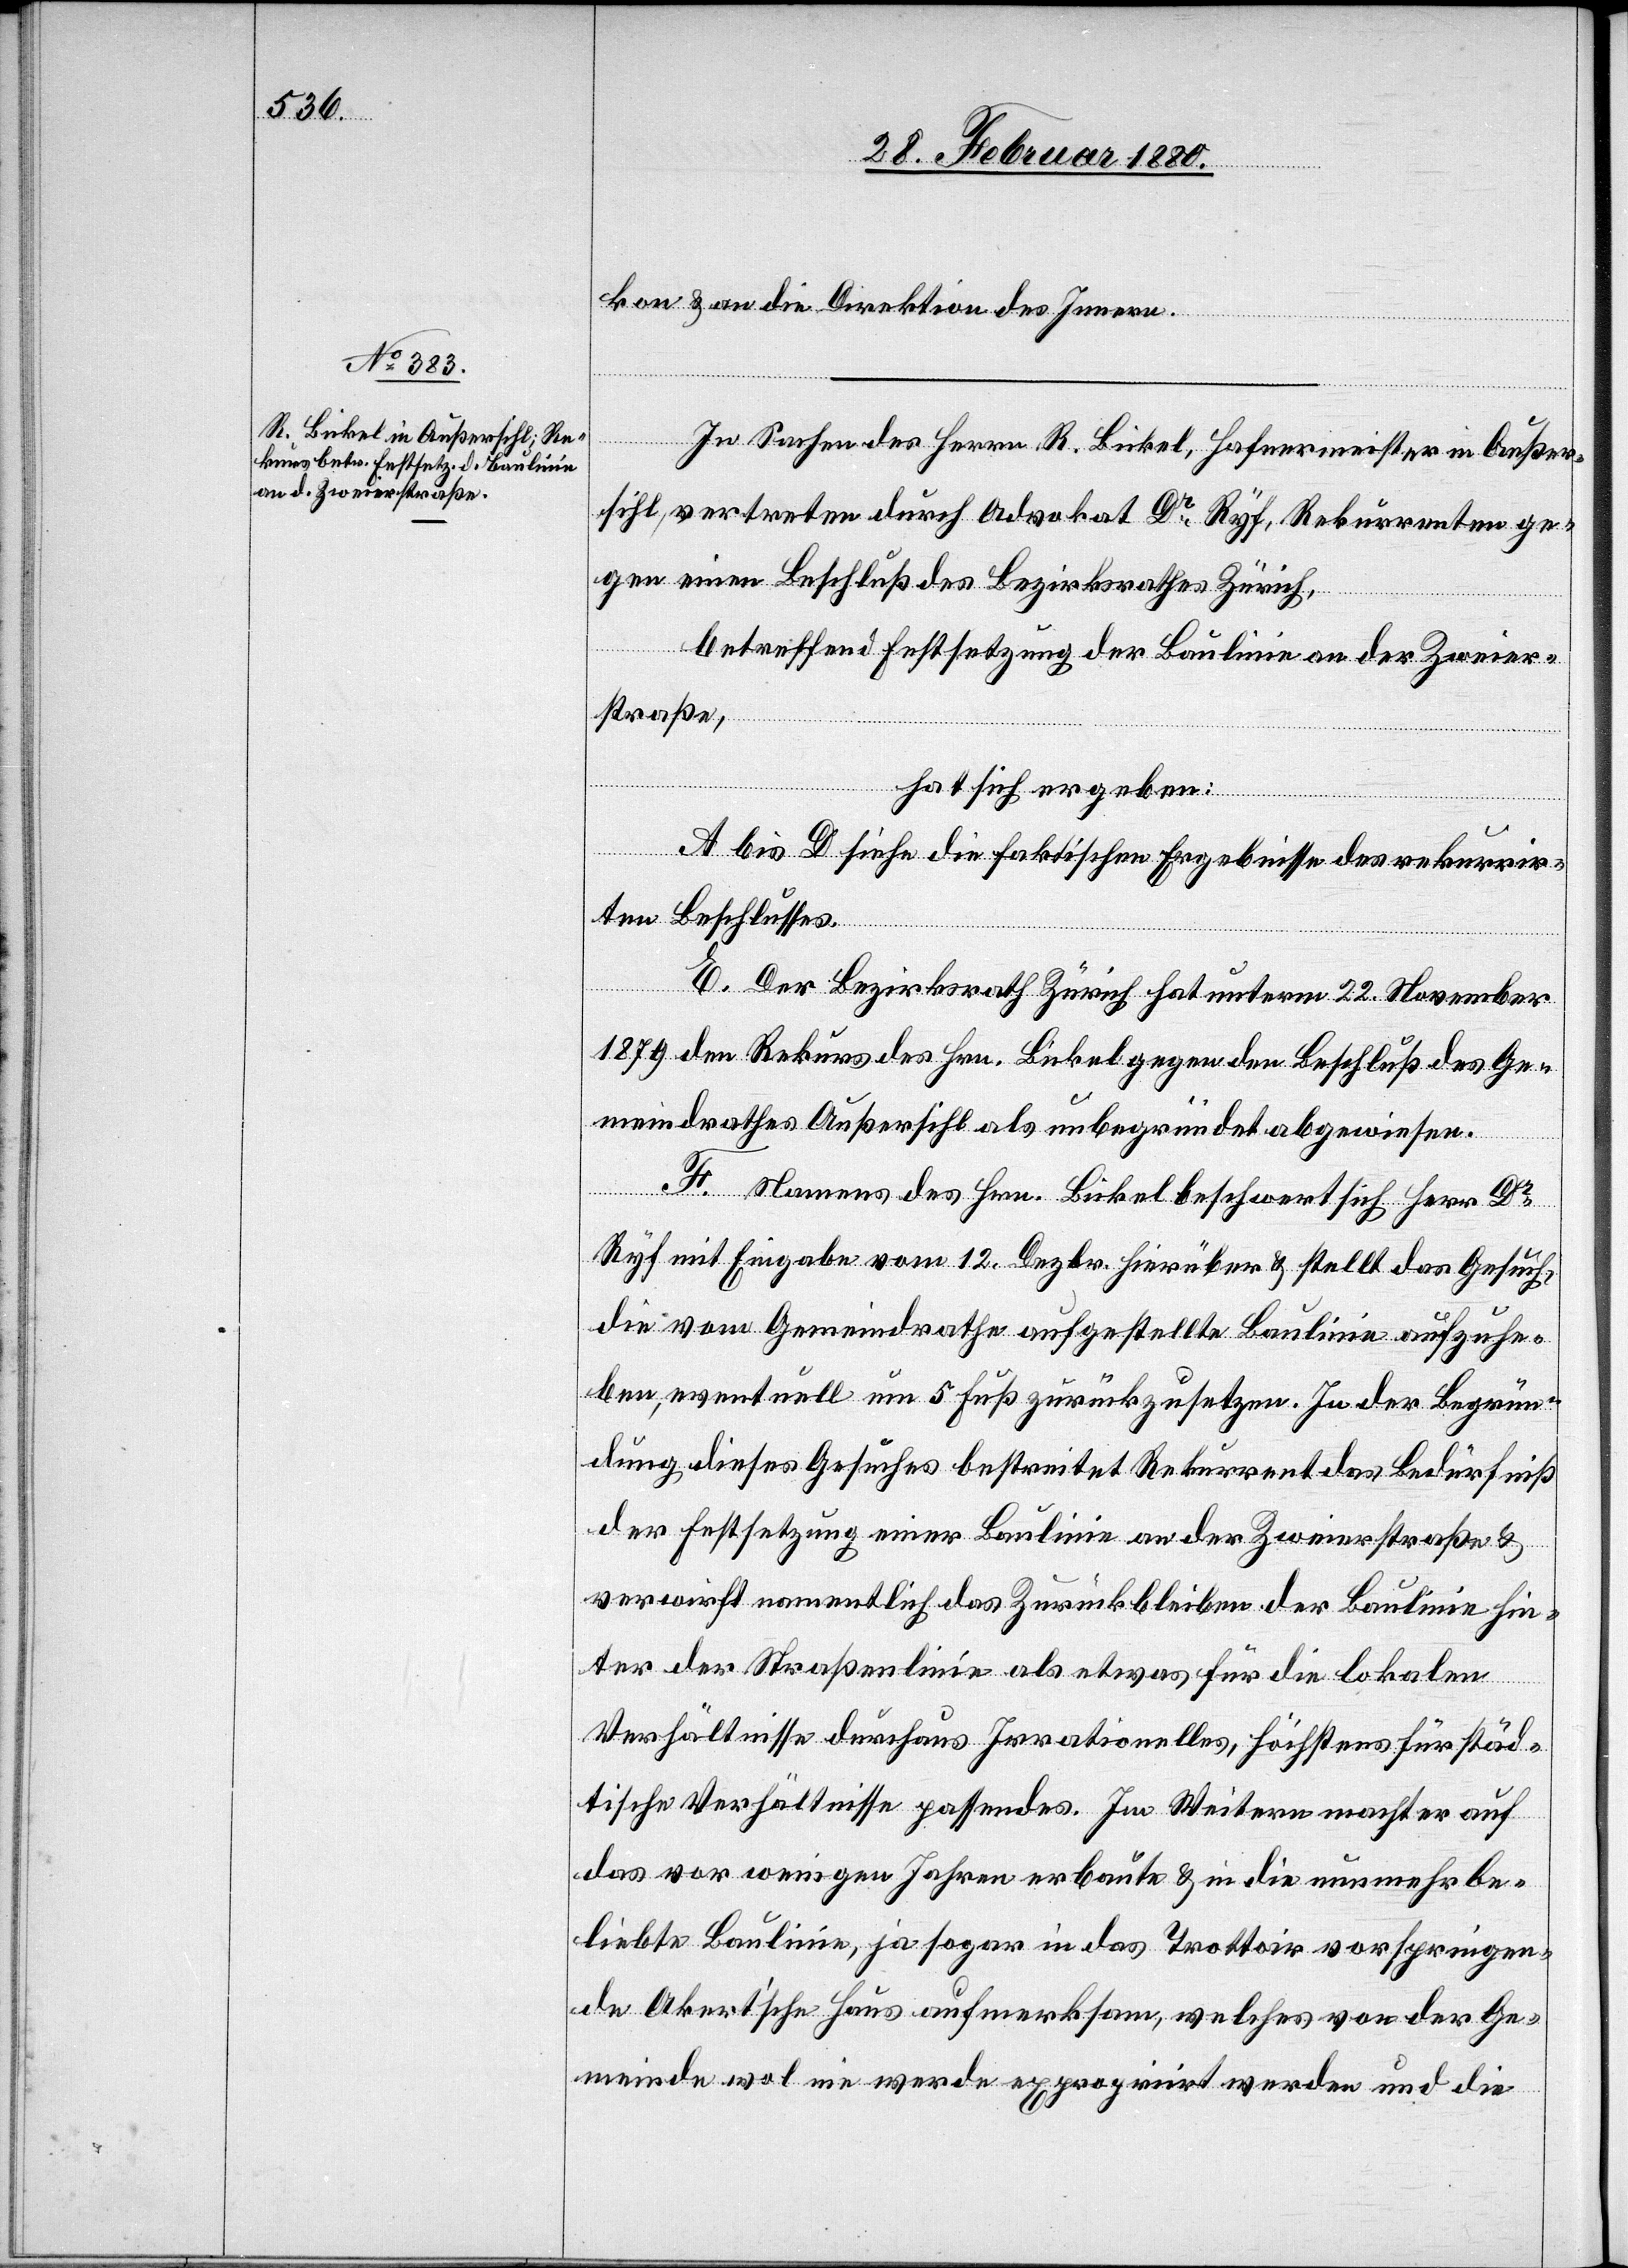
kon & an die Direktion des Innern.
In Sachen des Herrn R. Bickel, Hafnermeister in Außer¬
sihl, vertreten durch Advokat Dr Ryf, Rekurrenten ge¬
gen einen Beschluß des Bezirksrathes Zürich,
betreffend Festsetzung der Baulinie an der Zweier¬
straße,
hat sich ergeben:
A bis D siehe die faktischen Ergebnisse des rekurrir¬
ten Beschlusses.
E. Der Bezirksrath Zürich hat unterm 22. November
1879 den Rekurs des Hrn. Bickel gegen den Beschluß des Ge¬
meindrathes Außersihl als unbegründet abgewiesen.
F. Namens des Hrn. Bickel beschwert sich Herr Dr
Ryf mit Eingabe vom 12. Dezbr. hierüber & stellt das Gesuch,
die vom Gemeindrathe aufgestellte Baulinie aufzuhe¬
ben, eventuell um 5 Fuß zurückzusetzen. In der Begrün¬
dung dieses Gesuches bestreitet Rekurrent das Bedürfniß
der Festsetzung einer Baulinie an der Zweierstraße &
verweist namentlich das Zurückbleiben der Baulinie hin¬
ter der Straßenlinie als etwas für die lokalen
Verhältnisse durchaus Irrationelles, höchstens für städ¬
tische Verhältnisse passendes. Im Weitern macht er auf
das vor wenigen Jahren erbaute & in die nunmehr be¬
liebte Baulinie, ja sogar in das Trottoir vorspringen¬
de Okert’sche Haus aufmerksam, welches von der Ge¬
meinde wol nie werde expropriirt werden und die